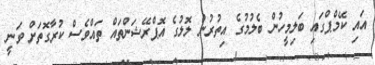
އައި ކޭމްޕްގައި ބަލިމީހުން ބެލުމުގެ އިތުރުން ލޮލުގެ އޮޕްރޭޝަންތައް ތައްވެސް ކުރާގޮތަށް ވަނީ